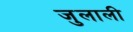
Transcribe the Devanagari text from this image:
जुलाली